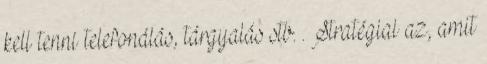
kell tenni telefonálás, tárgyalás stb. . Stratégiai az, amit